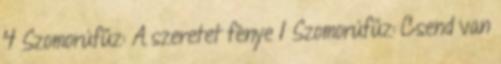
4 Szomorúfűz: A szeretet fénye 1 Szomorúfűz: Csend van